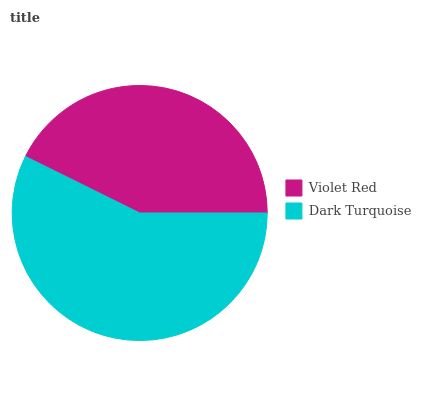
| Violet Red | Dark Turquoise |
 | --- | --- |
 | 42.7% | 57.3% |